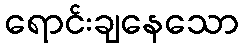
ရောင်းချနေသော